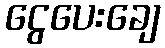
ငွေပေးချေ